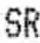
SR